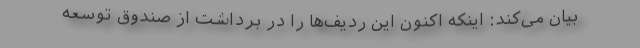
بیان می‌كند: اینكه اكنون این ردیف‌ها را در برداشت از صندوق توسعه